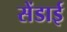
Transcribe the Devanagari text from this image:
सेंडाई